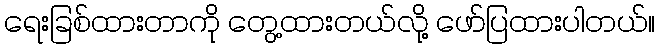
ရေးခြစ်ထားတာကို တွေ့ထားတယ်လို့ ဖော်ပြထားပါတယ်။